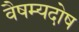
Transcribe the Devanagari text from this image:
वैषम्यदोष